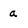
Character: a